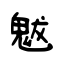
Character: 魃